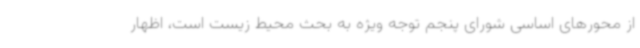
از محورهای اساسی شورای پنجم توجه ویژه به بحث محیط زیست است، اظهار